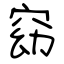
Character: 窈